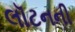
લૉટનની